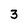
Character: 3